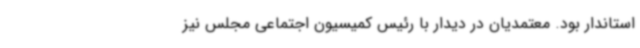
استاندار بود. معتمدیان در دیدار با رئیس کمیسیون اجتماعی مجلس نیز